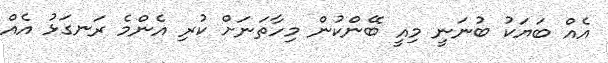
އެއް ބަޔަކު ބުނަނީ މިއީ ބޭންކުން މިހާތަަނަށް ކުރި އެންމެ ރަނގަޅު އެއް